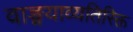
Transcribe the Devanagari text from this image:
वाङ्मयाव्यतिरिक्त